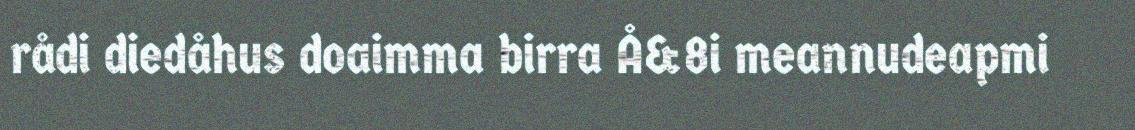
rådi diedåhus doaimma birra Å&8i meannudeapmi